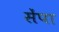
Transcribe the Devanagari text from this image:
सेंपा